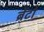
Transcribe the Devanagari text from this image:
ब्रेंटो